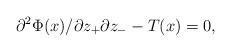
LaTeX: \begin{align*}{{\partial^{2}\Phi(x)} / {\partial z_{+} \partial z_{-}}}-T(x)=0,\end{align*}